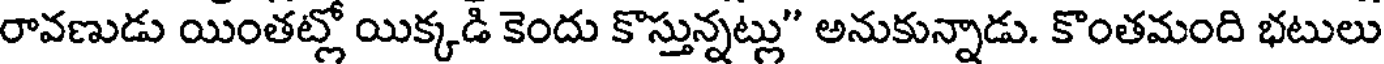
రావణుడు యింతట్లో యిక్కడి కెందు కొస్తున్నట్లు" అనుకున్నాడు. కొంతమంది భటులు